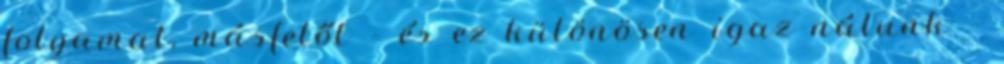
folyamat, másfelől – és ez különösen igaz nálunk –